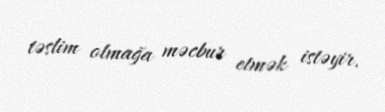
təslim olmağa məcbur etmək istəyir.